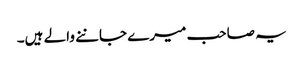
یہ صاحب میرے جاننے والے ہیں۔